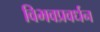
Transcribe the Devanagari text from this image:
विभवप्रवर्धन